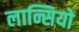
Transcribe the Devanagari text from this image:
लान्सियो